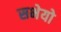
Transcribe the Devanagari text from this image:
सभेयो